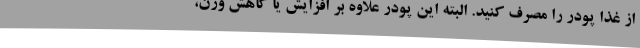
از غذا پودر را مصرف کنید. البته این پودر علاوه بر افزایش یا کاهش وزن،